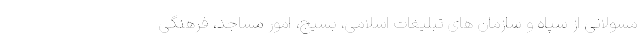
مسولانی از سپاه و سازمان های تبلیغات اسلامی، بسیج، امور مساجد، فرهنگی